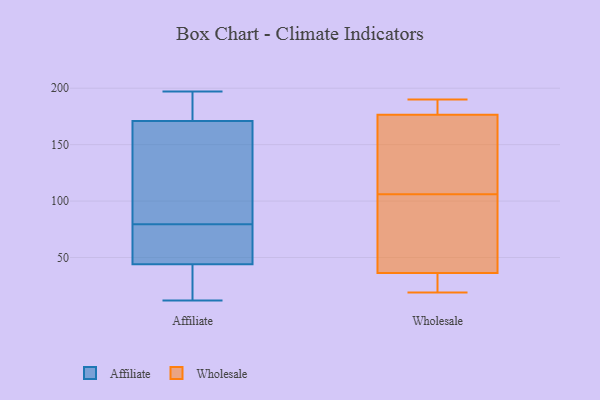
{"axis": {"x": "Temperature (°C)", "y": "Value"}, "legend": ["Affiliate", "Wholesale"], "data": [{"x": "", "y": 98, "type": "Affiliate"}, {"x": "", "y": 184, "type": "Affiliate"}, {"x": "", "y": 44, "type": "Affiliate"}, {"x": "", "y": 83, "type": "Affiliate"}, {"x": "", "y": 34, "type": "Affiliate"}, {"x": "", "y": 197, "type": "Affiliate"}, {"x": "", "y": 12, "type": "Affiliate"}, {"x": "", "y": 171, "type": "Affiliate"}, {"x": "", "y": 76, "type": "Affiliate"}, {"x": "", "y": 63, "type": "Affiliate"}, {"x": "", "y": 28, "type": "Wholesale"}, {"x": "", "y": 184, "type": "Wholesale"}, {"x": "", "y": 190, "type": "Wholesale"}, {"x": "", "y": 185, "type": "Wholesale"}, {"x": "", "y": 68, "type": "Wholesale"}, {"x": "", "y": 25, "type": "Wholesale"}, {"x": "", "y": 143, "type": "Wholesale"}, {"x": "", "y": 19, "type": "Wholesale"}, {"x": "", "y": 76, "type": "Wholesale"}, {"x": "", "y": 181, "type": "Wholesale"}, {"x": "", "y": 98, "type": "Wholesale"}, {"x": "", "y": 37, "type": "Wholesale"}, {"x": "", "y": 34, "type": "Wholesale"}, {"x": "", "y": 106, "type": "Wholesale"}, {"x": "", "y": 130, "type": "Wholesale"}, {"x": "", "y": 175, "type": "Wholesale"}, {"x": "", "y": 117, "type": "Wholesale"}]}